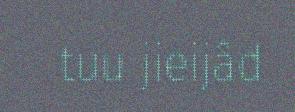
tuu jieijâd